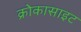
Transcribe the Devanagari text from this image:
क्रोकासाइट